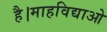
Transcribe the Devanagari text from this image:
है।माहविद्याओ